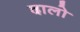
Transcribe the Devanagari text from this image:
दालो